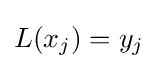
L(x_{j})=y_{j}